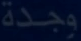
وجدة